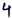
Text: 4